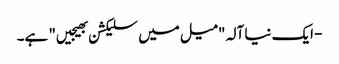
- ایک نیا آلہ "میل میں سلیکشن بھیجیں" ہے۔